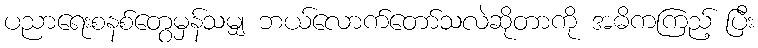
ပညာရေးစနစ်တွေမှန်သမျှ ဘယ်လောက်တော်သလဲဆိုတာကို အဓိကကြည့် ပြီး